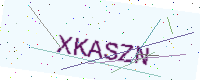
Text: XKASZN